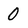
Character: 0